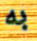
به